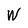
Character: W